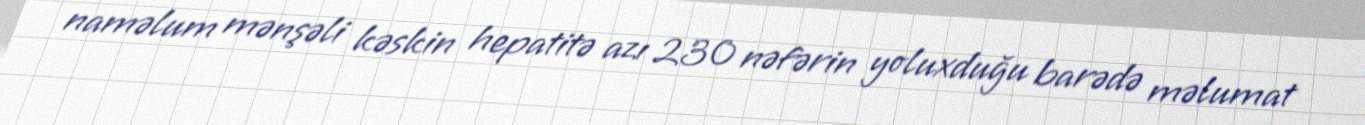
naməlum mənşəli kəskin hepatitə azı 230 nəfərin yoluxduğu barədə məlumat